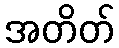
အတိတ်